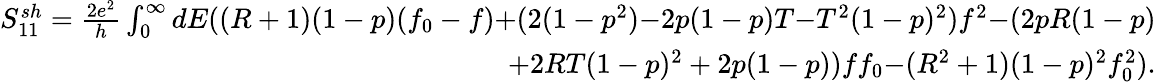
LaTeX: \begin{array}{r}{{S_{11}^{sh}=\frac{2e^{2}}{h}\int_{0}^{\infty}dE((R+1)(1-p)(f_{0}-f)}{+(2(1-p^{2})}{-2p(1-p)T}{-T^{2}(1-p)^{2})f^{2}}{-(2pR(1-p)}}\\ {{+2RT(1-p)^{2}+2p(1-p))ff_{0}}{-(R^{2}+1)(1-p)^{2}f_{0}^{2}).}}\end{array}